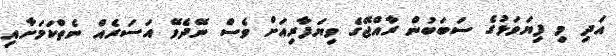
އަދި މި ފިޔަވަޅުގެ ސަބަބުން ރާއްޖޭގެ ވިޔަފާރިއަށް ވެސް ނޭދެވޭ އަސަރެއް ނެތްކަމަށާއި